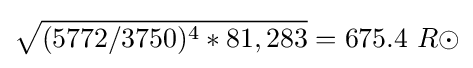
{\sqrt {(5772/3750)^{4}*81,283}}=675.4\ R\odot